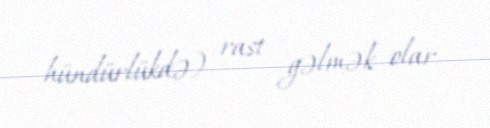
hündürlükdə) rast gəlmək olar.